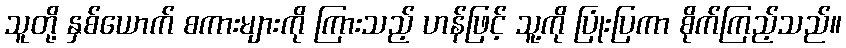
သူတို့ နှစ်ယောက် စကားများကို ကြားသည့် ဟန်ဖြင့် သူ့ကို ပြုံးပြကာ စိုက်ကြည့်သည်။